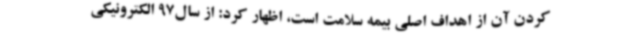
کردن آن از اهداف اصلی بیمه سلامت است، اظهار کرد: از سال97 الکترونیکی